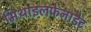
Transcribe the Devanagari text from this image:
मिथाइलफेनाडेट